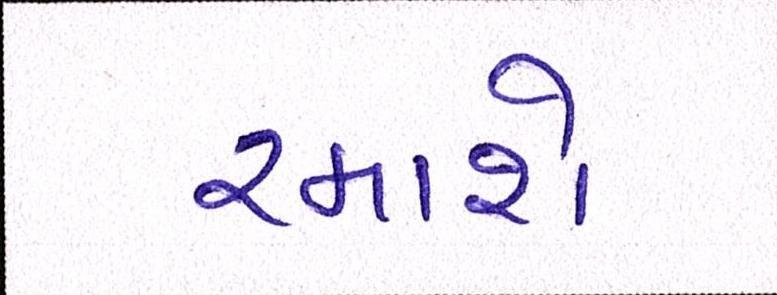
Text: રમાશે